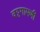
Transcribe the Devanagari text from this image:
वट्टगामणी